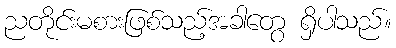
ညတိုင်းမစားဖြစ်သည့်အခါတွေ ရှိပါသည်။